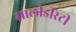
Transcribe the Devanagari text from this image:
सालीडीरेटी